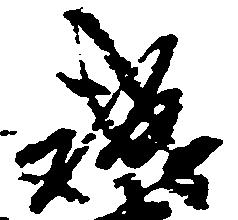
誠